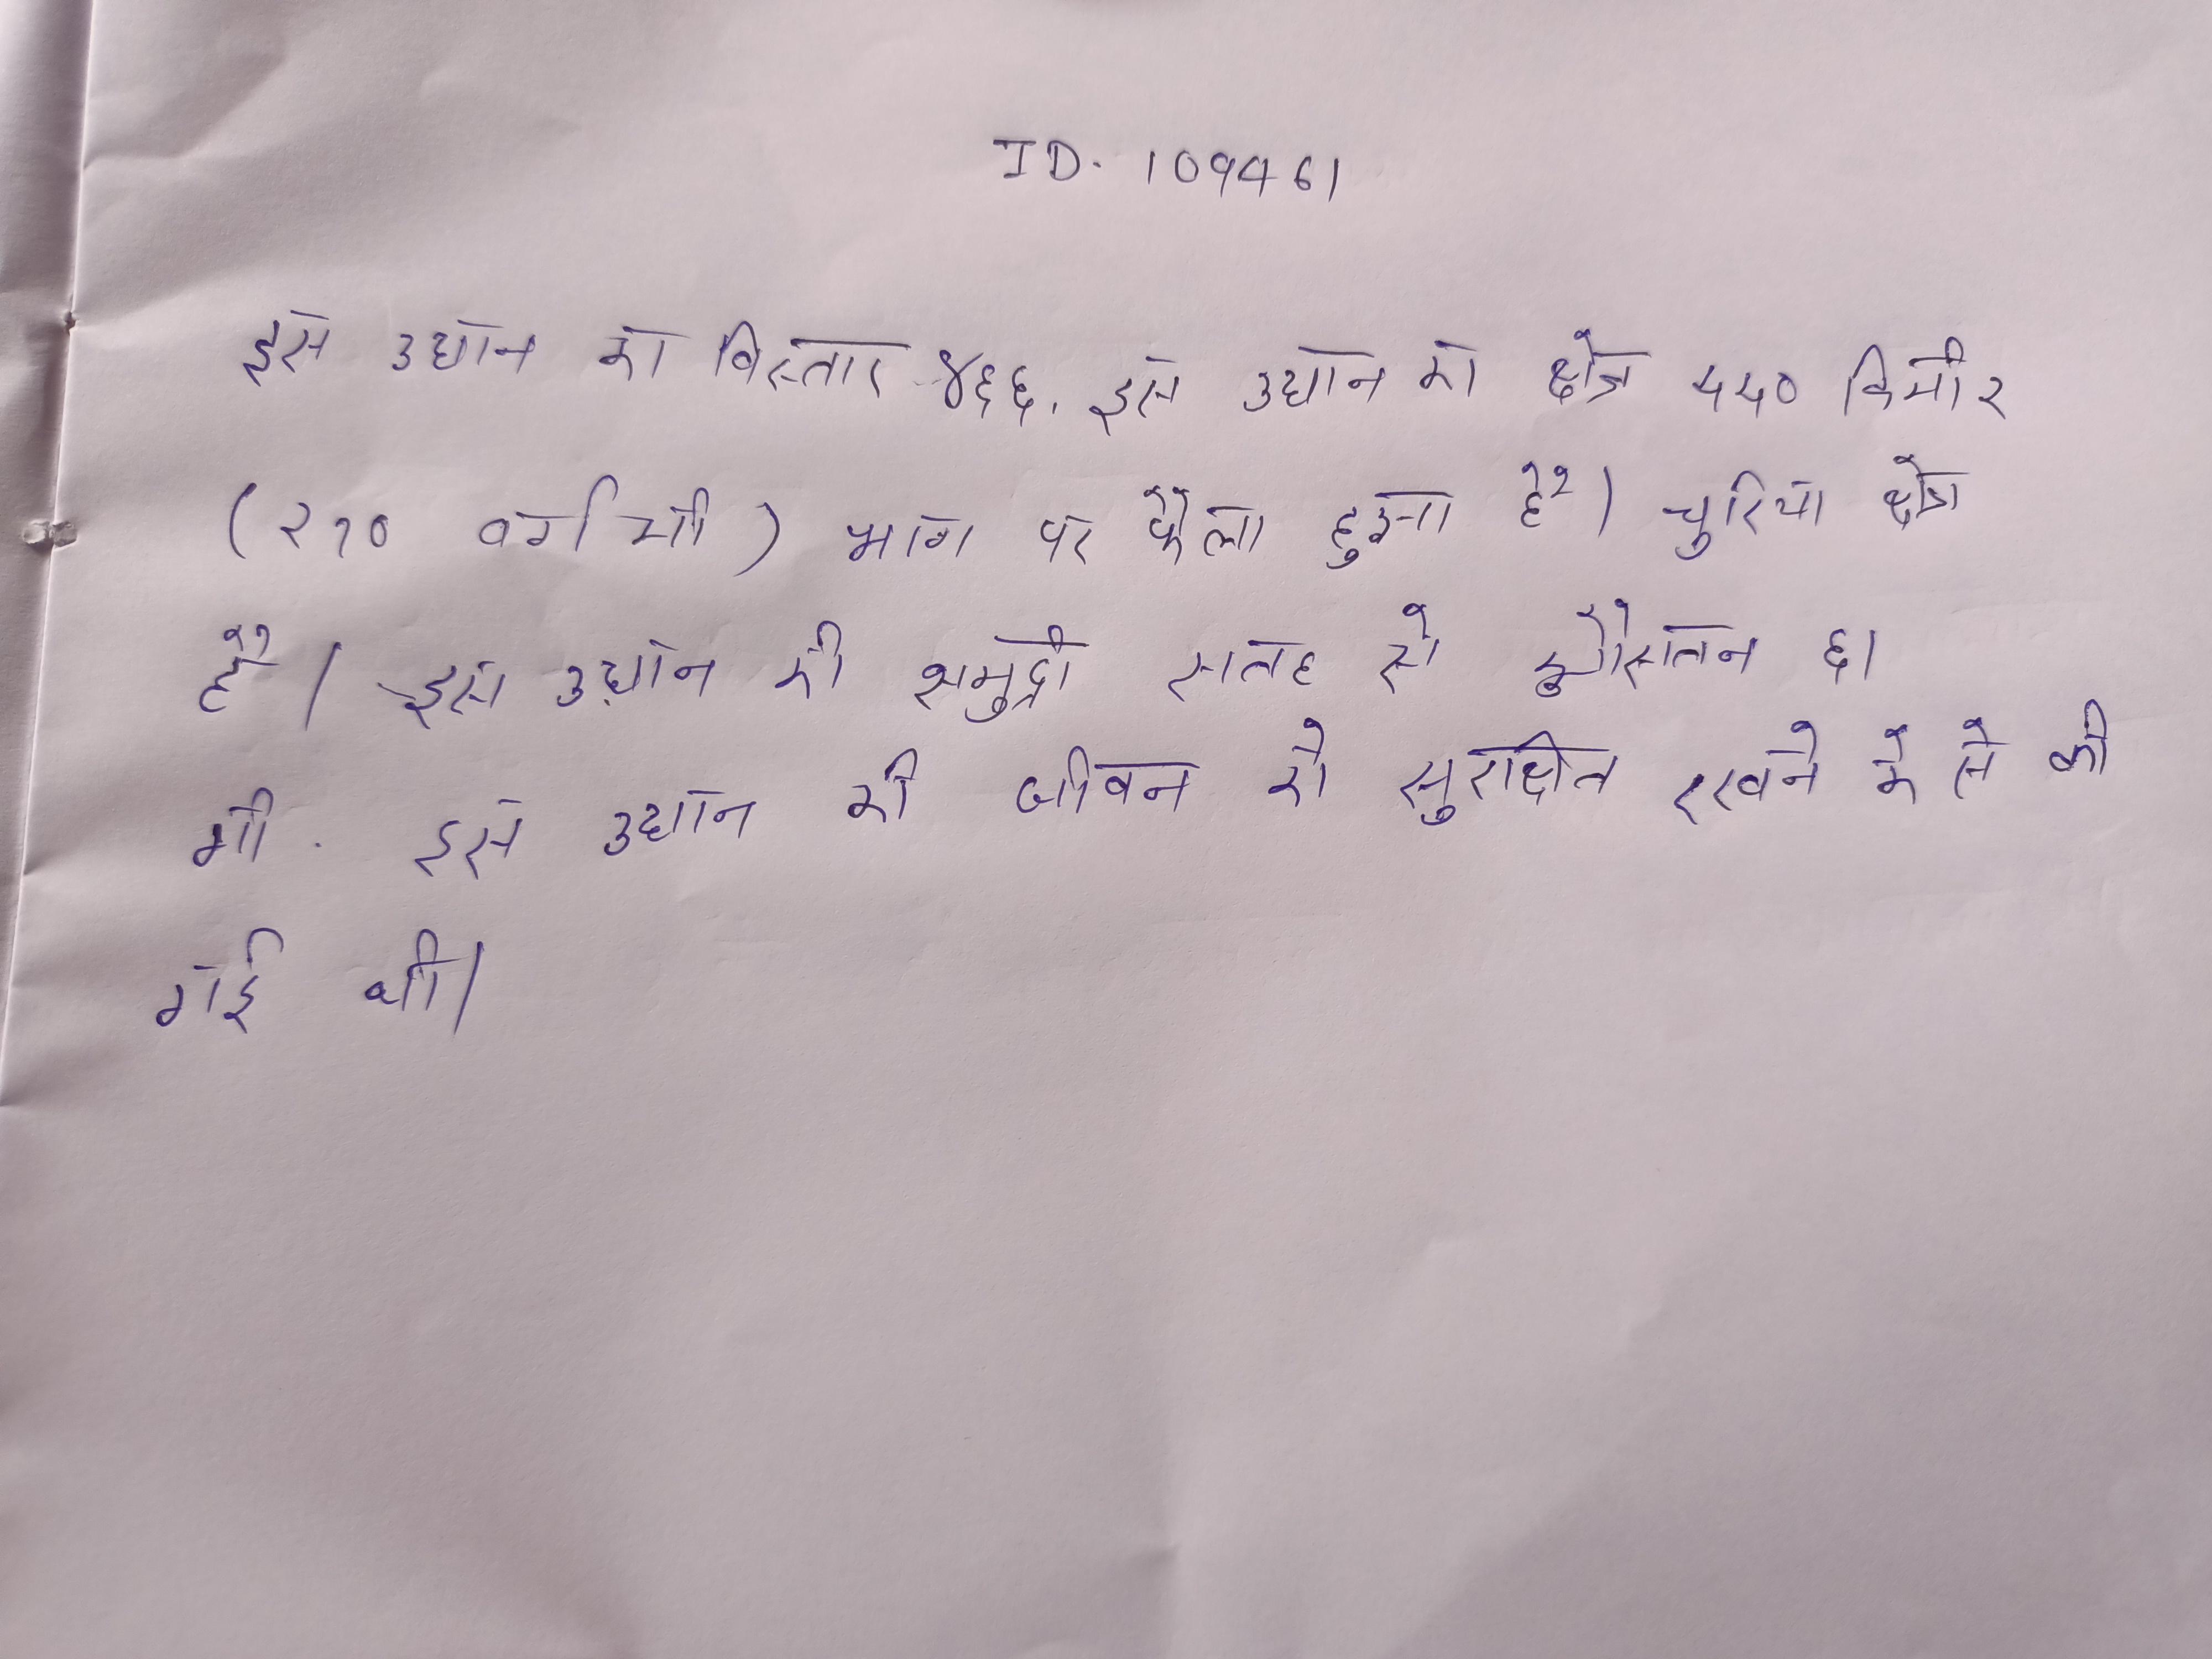
इस उद्यान का विस्तार ४६६ . इस उद्यान का क्षेत्र ५५० किमी२ (२१० वर्ग मी) फैला हुआ है जिसका भाग चुरिया क्षेत्र है । इस उद्यान की ३५०० मी . इस उद्यान की समुद्र सतह से औसतन ६१ मी . इस उद्यान की के जीवन को सुरक्षित रखने के से की गई थी ।